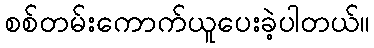
စစ်တမ်းကောက်ယူပေးခဲ့ပါတယ်။